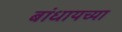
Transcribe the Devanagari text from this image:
बांधायच्या